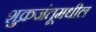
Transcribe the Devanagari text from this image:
शुक्रजंतूमधील